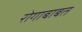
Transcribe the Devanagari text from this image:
रोगाबाबत